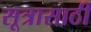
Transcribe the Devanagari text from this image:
सूत्रासाठी